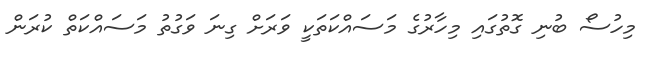
މިހުސޯ ބުނި ގޮތުގައި މިހާރުގެ މަސައްކަތަކީ ވަރަށް ގިނަ ވަގުތު މަސައްކަތް ކުރަން